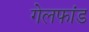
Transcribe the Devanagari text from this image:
गेलफांड